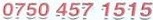
0750 457 1515